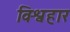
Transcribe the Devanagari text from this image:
विश्वहार